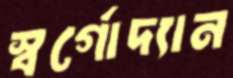
স্বর্গোদ্যান